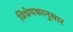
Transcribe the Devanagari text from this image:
विधेयकानुसार